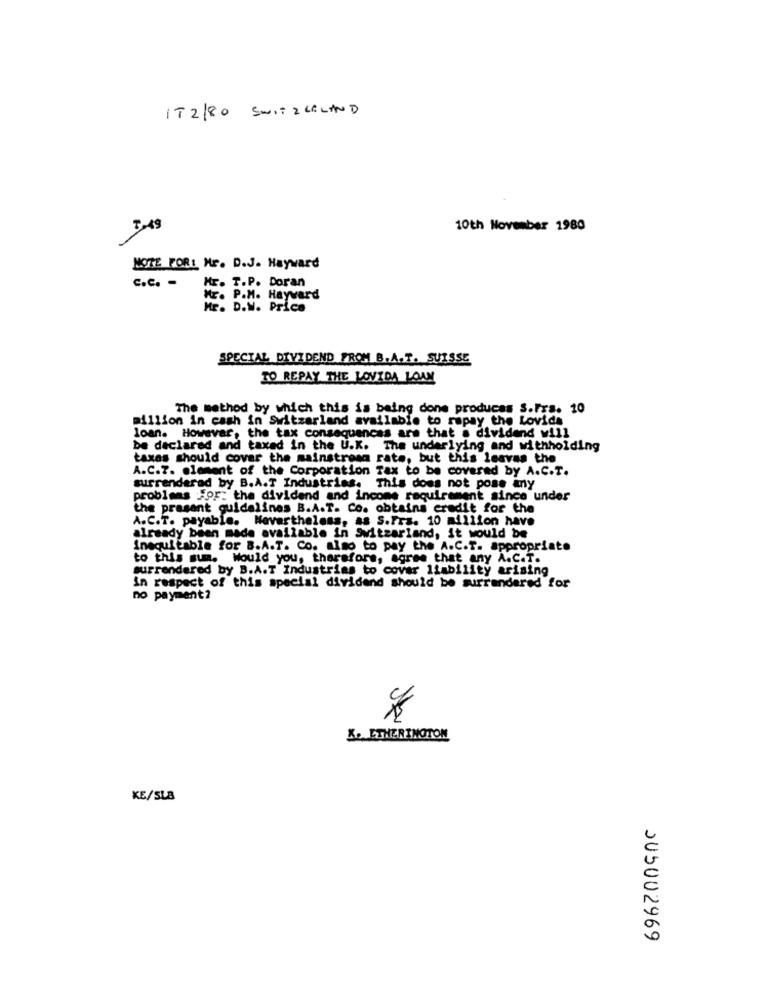
IT2/80 SWITZERLAND
7 - 49
10th November 1980
NOTTE FORL Mr. D.J. Hayward
Hr. T.P. Doran
C.C. -
ME. P.M. Hayward
Mr. D.W. Price
SPECIAL DIVIDEND FROM B.A.T. SUISSE
TO REPAY THE LOVIDA LOW
The method by which this is being done produces S.Fra. 10
million in cash in Switzerland available to repay the Lovida
loan. However, the tax consequences are that a dividend will
be declared and taxed in the U.K. The underlying and withholding
taxas should cover the mainstream rate, but this leaves the
A.C.7. element of the Corporation Tax to be covered by A.C.T.
surrendered by B.A.T Industries. This does not pose any
problmas for: the dividend and income requirement since under
the prasent guidelines B.A.T. Co. obtains credit for the
A.C.T. payable. Nevertheless, as S.FrE. 10 million have
already been made available in Switzerland, it would be
Inequitable for B.A.T. Co. also to pay the A.C.T. appropriate
to this sum. Would you, therefore, agree that any A.C.T.
surrendered by B.A.T Industrias to cover liability arising
in respect of this special dividend should be surrendered for
no payment?
K. ETHERINGTON
KE/SLB
505002969